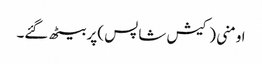
اومنی (کیش شاپس )پر بیٹھ گئے۔